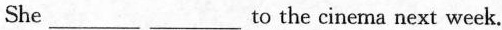
She___ ___to the cinema next week.